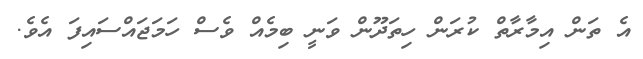
އެ ތަން އިމާރާތް ކުރަން ހިތަދޫން ވަނީ ބިމެއް ވެސް ހަމަޖައްސައިފަ އެވެ.